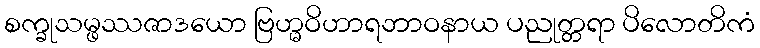
စက္ခုသမ္ဖဿဇာဒယော ဗြဟ္မဝိဟာရဘာဝနာယ ပညုတ္တရာ ပိလောတိကံ